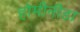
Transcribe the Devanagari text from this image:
होमीनीडा